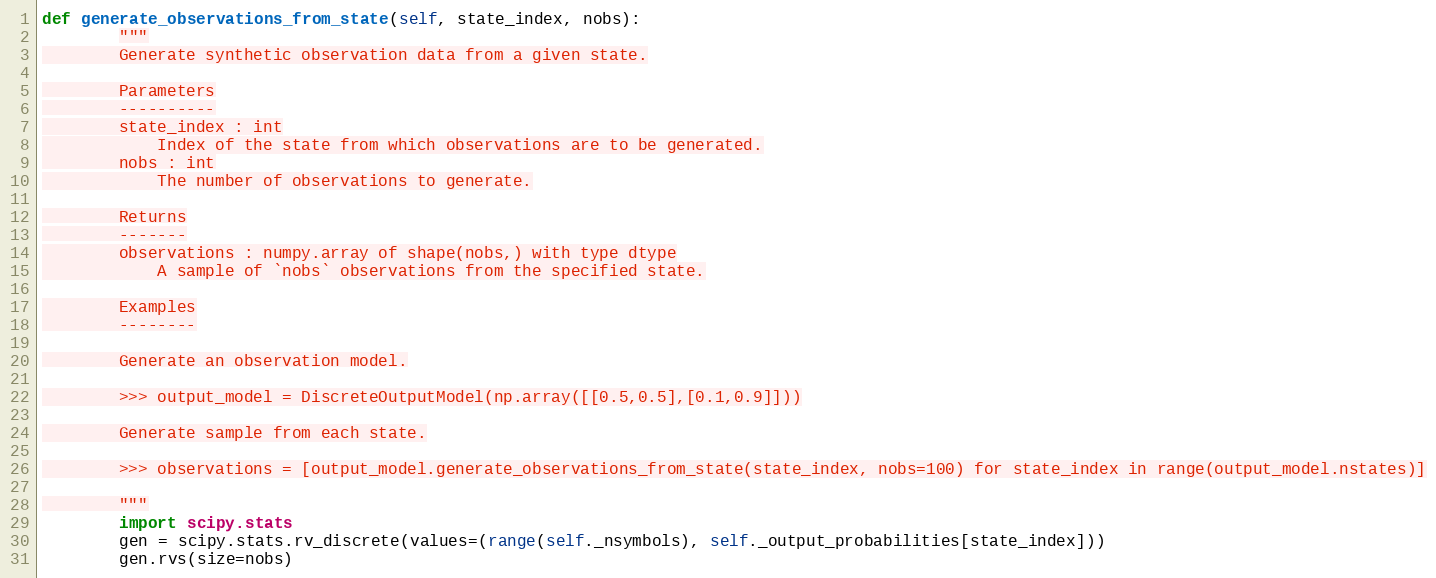
Language: Python
def generate_observations_from_state(self, state_index, nobs):
        """
        Generate synthetic observation data from a given state.

        Parameters
        ----------
        state_index : int
            Index of the state from which observations are to be generated.
        nobs : int
            The number of observations to generate.

        Returns
        -------
        observations : numpy.array of shape(nobs,) with type dtype
            A sample of `nobs` observations from the specified state.

        Examples
        --------

        Generate an observation model.

        >>> output_model = DiscreteOutputModel(np.array([[0.5,0.5],[0.1,0.9]]))

        Generate sample from each state.

        >>> observations = [output_model.generate_observations_from_state(state_index, nobs=100) for state_index in range(output_model.nstates)]

        """
        import scipy.stats
        gen = scipy.stats.rv_discrete(values=(range(self._nsymbols), self._output_probabilities[state_index]))
        gen.rvs(size=nobs)